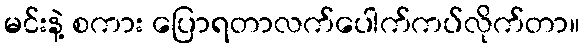
မင်းနဲ့ စကား ပြောရတာလက်ပေါက်ကပ်လိုက်တာ။